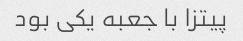
پیتزا با جعبه یکی بود